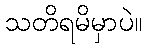
သတိရမိမှာပဲ။